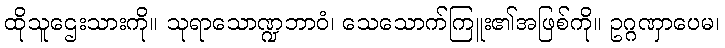
ထိုသူဌေးသားကို။ သုရာသောဏ္ဍဘာဝံ၊ သေသောက်ကြူး၏အဖြစ်ကို။ ဥဂ္ဂဏှာပေမ၊